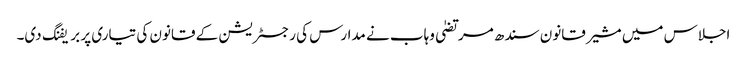
اجلاس میں مشیر قانون سندھ مرتضیٰ وہاب نے مدارس کی رجسٹریشن کے قانون کی تیاری پر بریفنگ دی۔